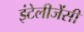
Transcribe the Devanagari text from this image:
इंटेलीजेंसी